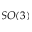
S O ( 3 )